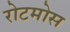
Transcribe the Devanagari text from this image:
रोटमोस